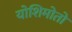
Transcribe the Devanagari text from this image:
योशिमोतो